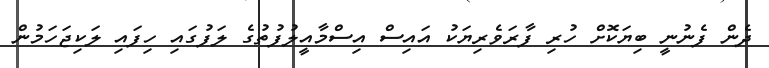
ދެން ފެނުނީ ބިޔަކޮށް ހުރި ފާރަވެރިޔަކު އައިސް އިސްމާއީލުފުތުގެ ލަފުގައި ހިފައި ލަކިޖަހަމުން